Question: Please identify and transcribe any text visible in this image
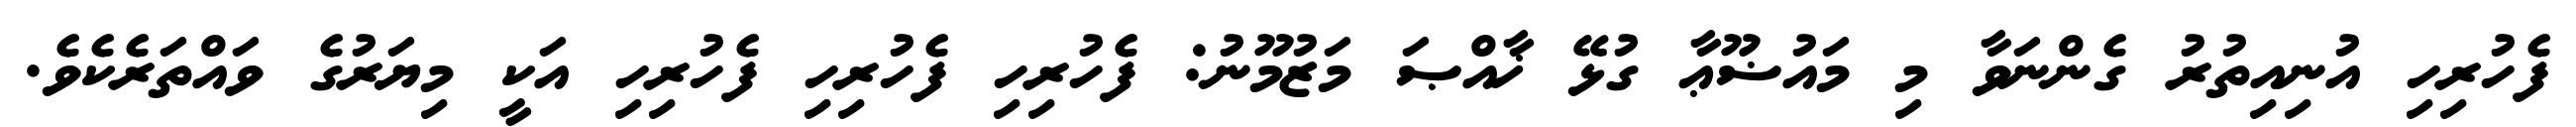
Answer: ފެހުރިހި އުނިއިތުރު ގެންނަވާ މި މައުޟޫޢާ ގުޅޭ ޚާއްޞަ މަޒުމޫނު: ފެހުރިހި ފެހުރިހި ފެހުރިހި އަކީ މިޔަރުގެ ވައްތަރެކެވެ.